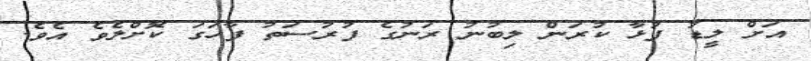
އަށް ލީޑު ފުޅާ ކުރަން ލިބުނު ރަނުގެ ފުރުސަތު ފާހަގަ ކޮށްލެވެ އެވެ.